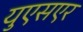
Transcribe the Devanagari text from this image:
युएसएर